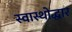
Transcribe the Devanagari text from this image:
स्वास्थोद्धार